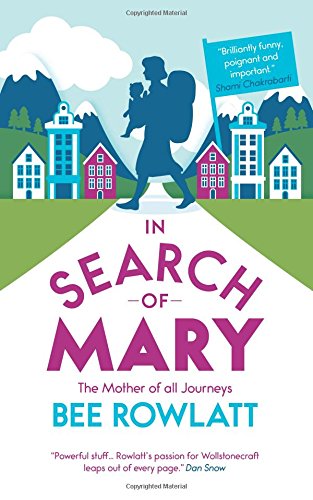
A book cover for In Search of Mary: The Mother of all Journeys; Bee Rowlatt; Biographies & Memoirs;